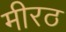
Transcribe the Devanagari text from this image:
मीरठ